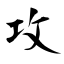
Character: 攻